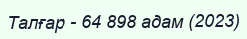
Талғар - 64 898 адам (2023)